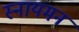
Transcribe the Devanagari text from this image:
स्नायमन